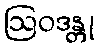
ဩဝဒန္တု